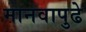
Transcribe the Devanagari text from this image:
मानवापुढे